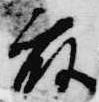
藤